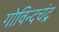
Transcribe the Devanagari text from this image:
गोविन्दचंद्र